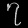
Digit: ၇